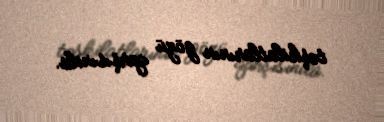
təşkilatlarının gözü qarşısında.